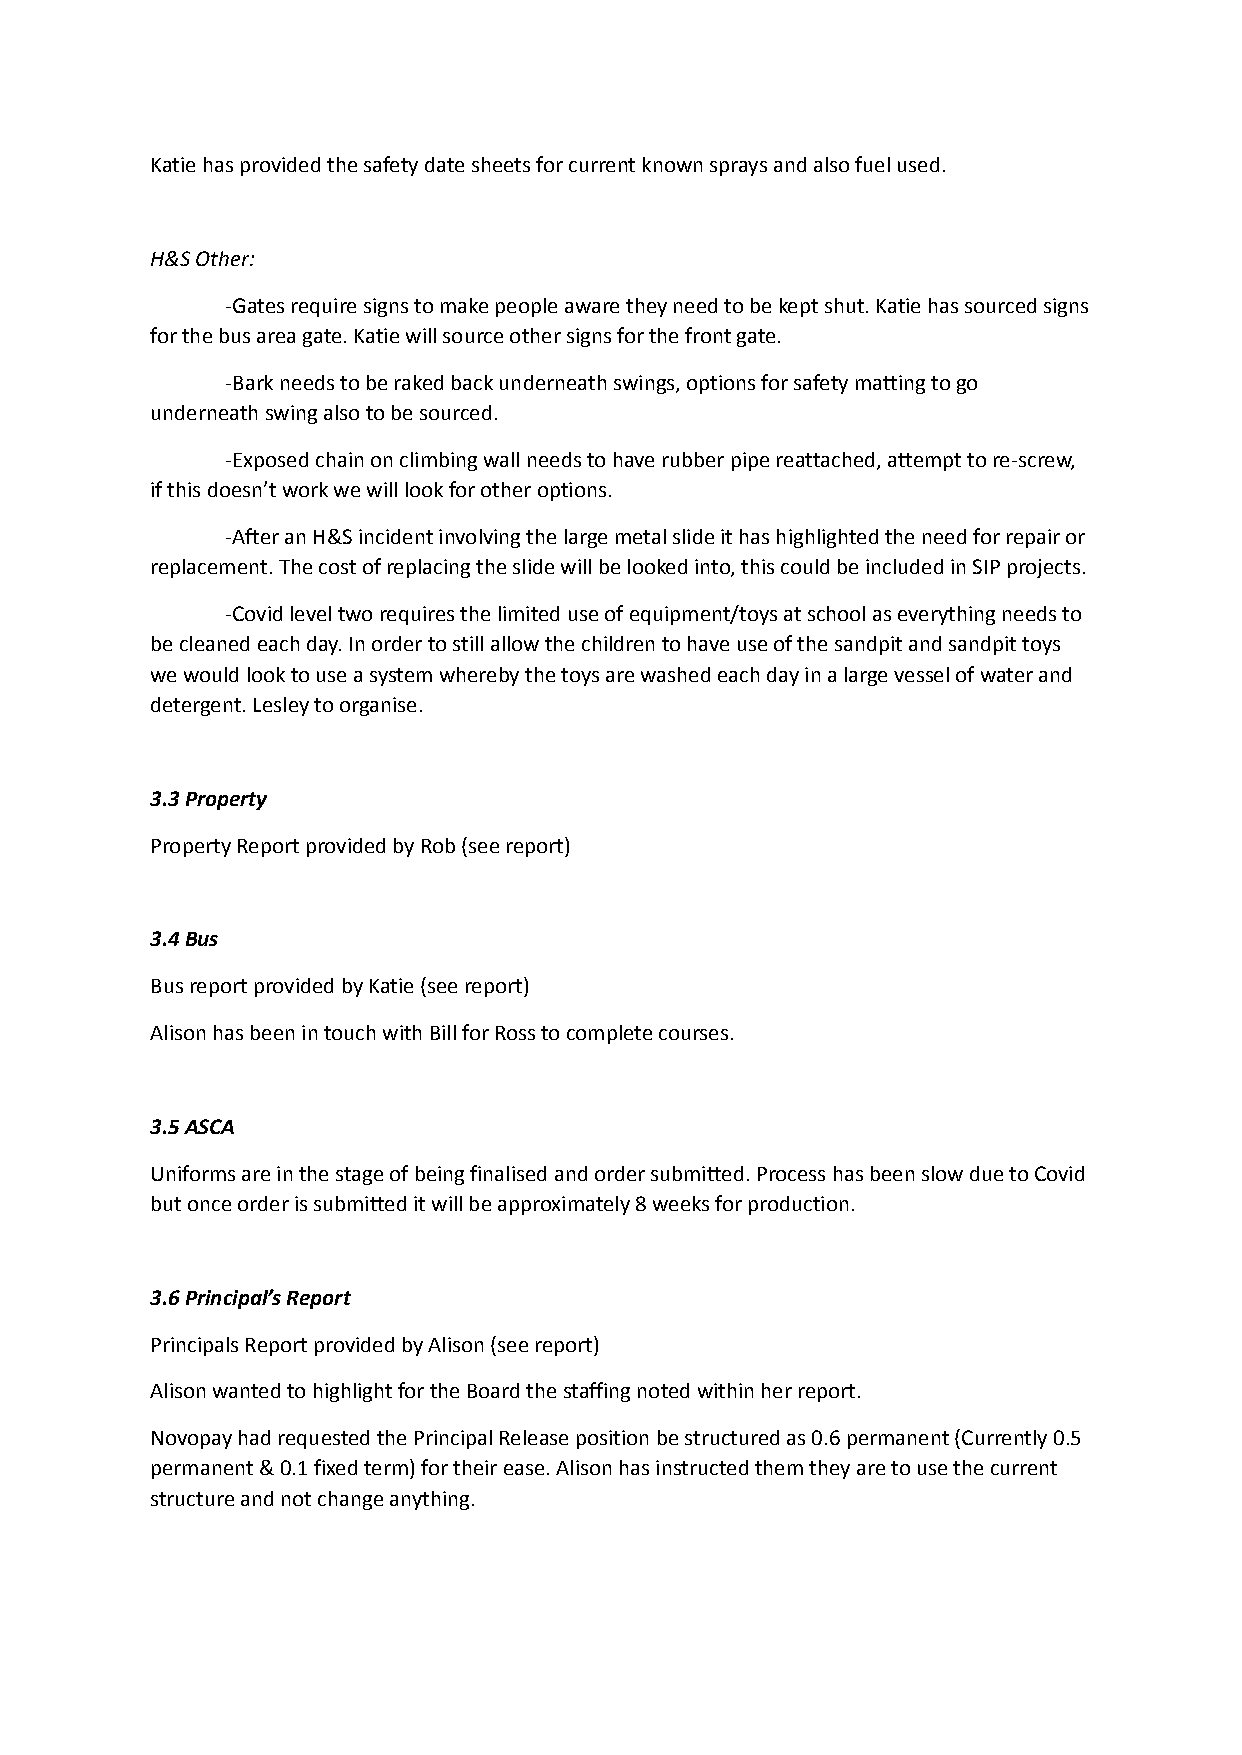
Katie has provided the safety date sheets for current known sprays and also fuel used.
 H&S Other:
 -Gates require signs to make people aware they needto be kept shut. Katie has sourced signs
 for the bus area gate. Katie will source other signsfor the front gate.
 -Bark needs to be raked back underneath swings, optionsfor safety matting to go
 underneath swing also to be sourced.
 -Exposed chain on climbing wall needs to have rubberpipe reattached, attempt to re-screw,
 if this doesn’t work we will look for other options.
 -After an H&S incident involving the large metal slideit has highlighted the need for repair or
 replacement. The cost of replacing the slide willbe looked into, this could be included in SIP projects.
 -Covid level two requires the limited use of equipment/toysat school as everything needs to
 be cleaned each day. In order to still allow the childrento have use of the sandpit and sandpit toys
 we would look to use a system whereby the toys arewashed each day in a large vessel of water and
 detergent. Lesley to organise.
 3.3 Property
 Property Report provided by Rob (see report)
 3.4 Bus
 Bus report provided by Katie (see report)
 Alison has been in touch with Bill for Ross to completecourses.
 3.5 ASCA
 Uniforms are in the stage of being finalised and ordersubmitted. Process has been slow due to Covid
 but once order is submitted it will be approximately8 weeks for production.
 3.6 Principal’s Report
 Principals Report provided by Alison (see report)
 Alison wanted to highlight for the Board the staffingnoted within her report.
 Novopay had requested the Principal Release positionbe structured as 0.6 permanent (Currently 0.5
 permanent & 0.1 fixed term) for their ease. Alisonhas instructed them they are to use the current
 structure and not change anything.